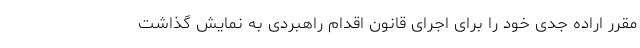
مقرر اراده جدی خود را برای اجرای قانون اقدام راهبردی به نمایش گذاشت